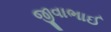
જીવાભાઈ